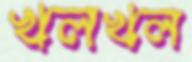
খলখল